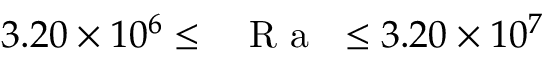
3 . 2 0 \times 1 0 ^ { 6 } \leq \mathrm { ~ \textit ~ { ~ R ~ a ~ } ~ } \leq 3 . 2 0 \times 1 0 ^ { 7 }